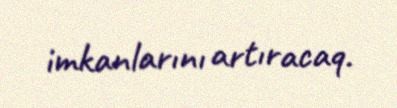
imkanlarını artıracaq.